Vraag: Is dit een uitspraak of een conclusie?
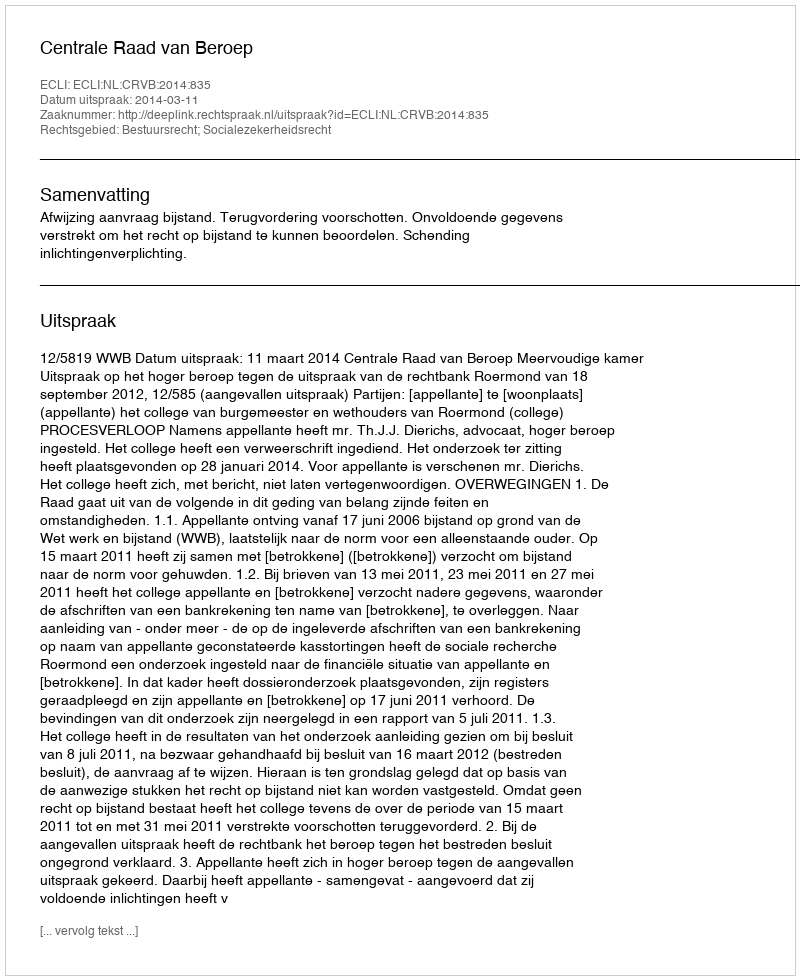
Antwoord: Uitspraak